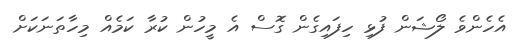
އެހެންވެ ލޯޝަން ފުޅި ހިފައިގެން ގޮސް އެ މީހުން ކުރާ ކަމެއް މިހާތަނަކަށް